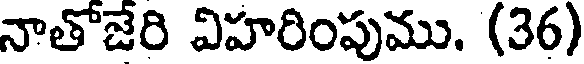
నాతోజేరి విహరింపుము. (36)